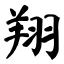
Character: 翔